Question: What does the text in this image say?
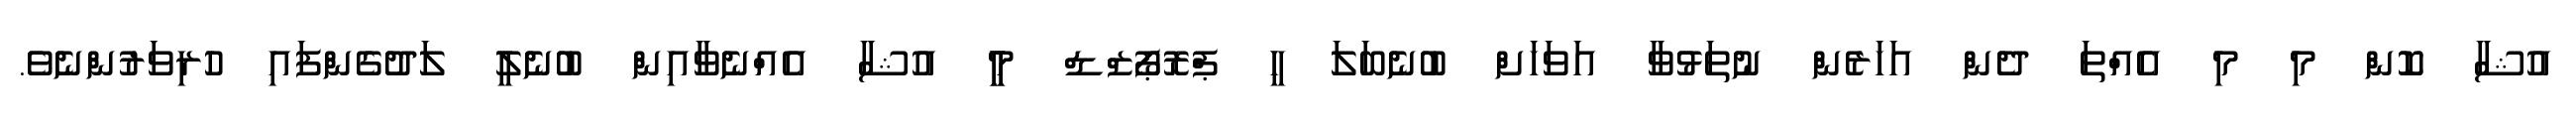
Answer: އުޝާ ކޮން މި މި އެއްތަ ދެން އަހަރެން ނުތަޅުވާ އަވަހަށް ބުނެބަލަ ހީ ޕްރޮޕޯޒްޑް މީީ އުޝާ އެއްނެވާއިން ބުނެލީ ލަދުގެންފައި ހުރިވަރުންނެވެ.